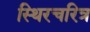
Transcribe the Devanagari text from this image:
स्थिरचरित्र